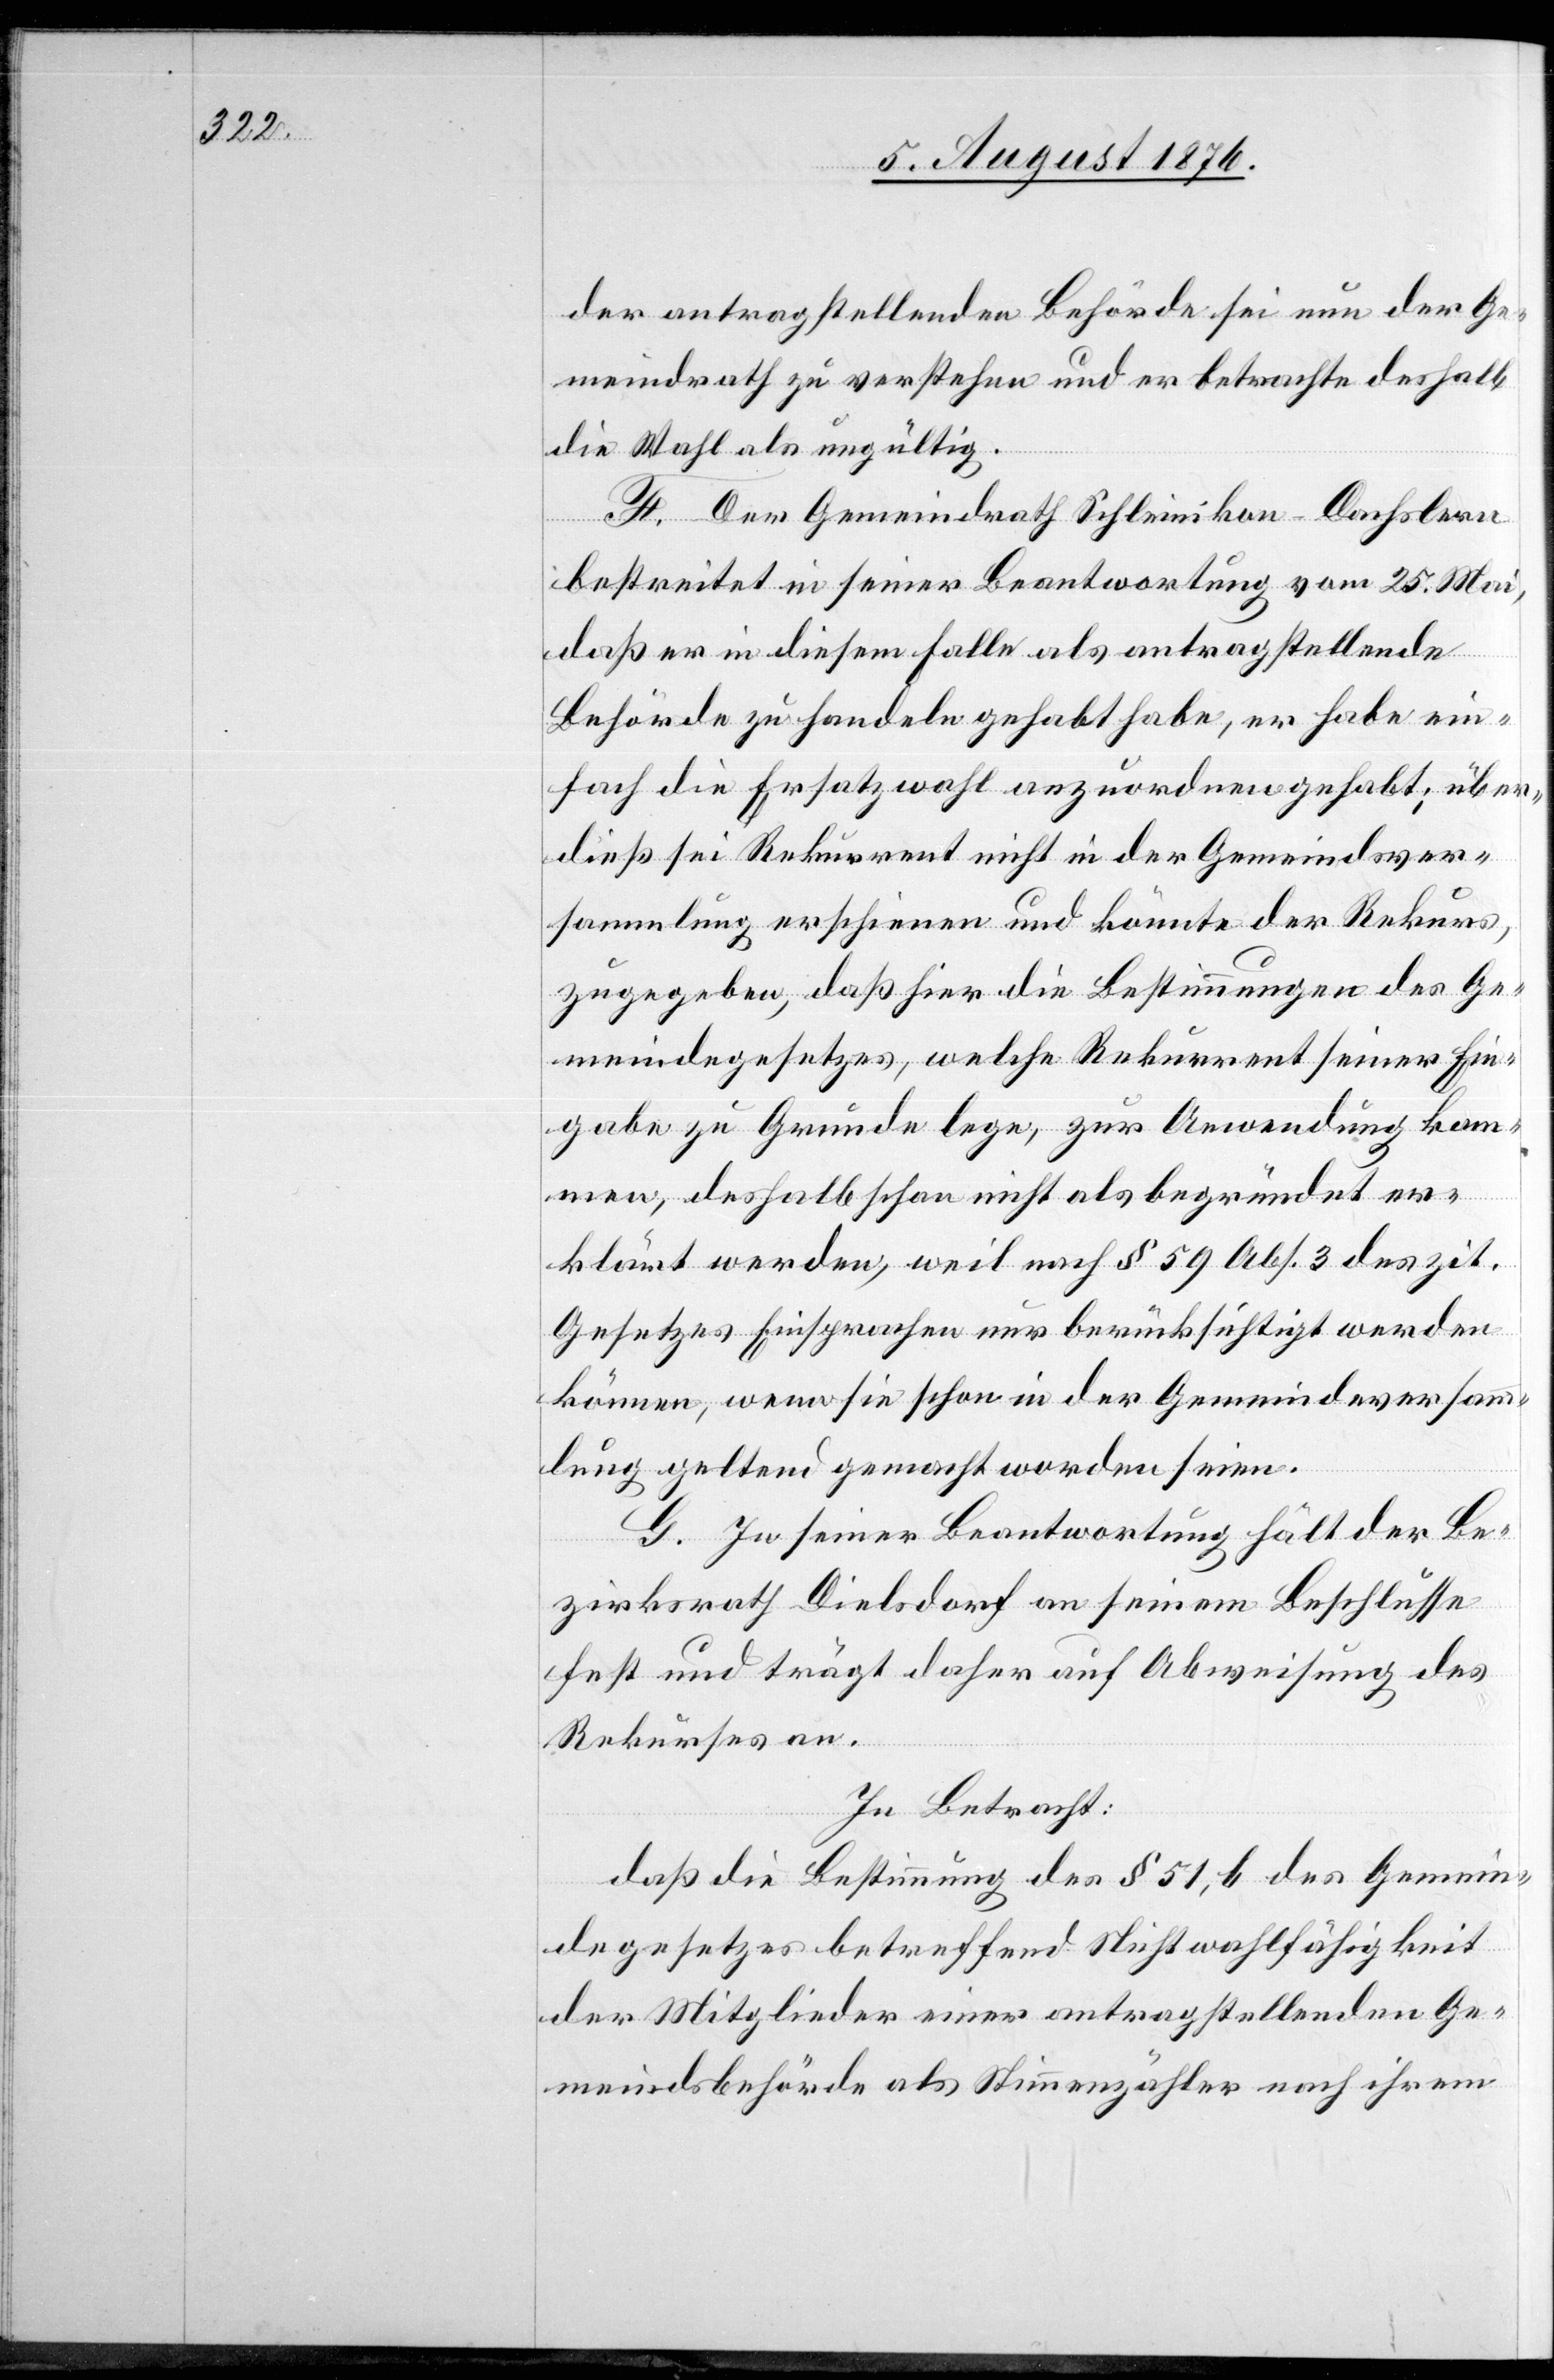
der antragstellenden Behörde sein nund er Ge¬
meindrath zu verstehen und er betrachte deshlab
die Wahl als ungültig.
F. Der Gemeindrath Schleinikon - Dachslern
bestreitet in seiner Beantwortung vom 25. Mai,
daß er in diesem Falle als antragstellende
Behörde zu handeln gehabt habe, er habe ein¬
fach die Ersatzwahl anzuordnen gehabt; über¬
dieß sei Rekurrent nicht in der Gemeindever¬
sammlung erschienen und könnte der Rekurs
zugegeben, daß hier die Bestimmungen des Ge¬
meindegesetzes, welche Rekurrent seiner Ein¬
gabe zu Grunde lege, zur Anwendung kom¬
men, deshalb schon nicht als begründet er¬
klärt werden, weil nach § 59 Abs. 3 des zit.
Gesetzes Einsprachen nur berücksichtigt werden
können, wenn sie schon in der Gemeindeversamm¬
lung geltend gemacht worden seien.
G. In seiner Beantwortung hält der Be¬
zirksrath Dielsdorf an seinem Beschlusse
fest und trägt daher auf Abweisung des
Rekurses an.
In Betracht:
daß die Bestimmung der § 51, b des Gemein¬
degesetzes betreffend Nichtwahlfähigkeit
der Mitglieder einer antragstellenden Ge¬
meindsbehörde als Stimmenzähler nach ihrem